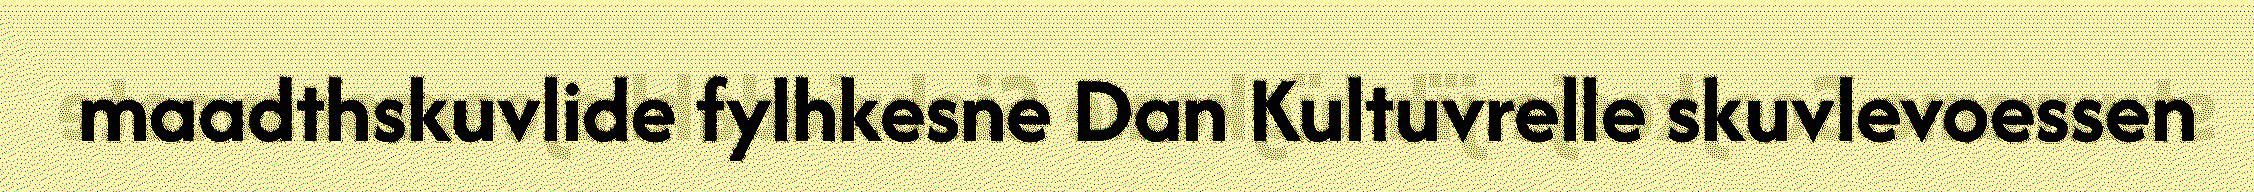
maadthskuvlide fylhkesne Dan Kultuvrelle skuvlevoessen